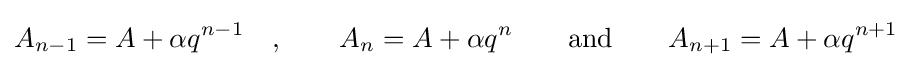
A_{n-1}=A+\alpha q^{n-1}\quad ,\qquad A_{n}=A+\alpha q^{n}\qquad {\text{and}}\qquad A_{n+1}=A+\alpha q^{n+1}